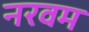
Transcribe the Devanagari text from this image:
नरवम